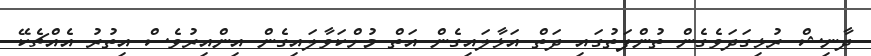
ދާނިޝް ރުޅިގަދަވެގެން ތުންފަތުގައި ދަތް އަޅާލައިގެން އަތް މުށްކަވާލައިގެން އިންއިރުވެސް އިތުރު އެއްޗެކޭ